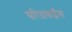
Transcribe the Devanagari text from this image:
सरिताबाईंना